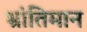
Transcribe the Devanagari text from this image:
भ्रांतिमान